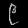
Digit: ၉